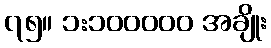
၇၅။ ၁:၁၀၀၀၀၀ အချိုး